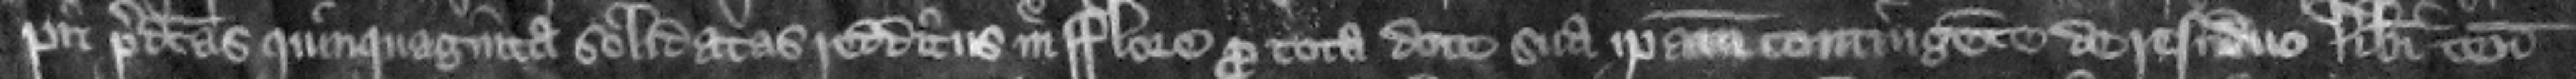
pit predictas quinquaginta solidatas redditus in Flore pro tota dote sua ipsam contingente de residuo liberi tenementi